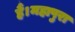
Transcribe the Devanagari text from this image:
हैं।महापुरा